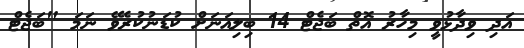
އަދި ވިދާޅުވީ މިހާރު އޮތް ބަޖެޓް 14 ބިލިއަނަށް ކުޑަނުކުރެވޭ ނަމަ "ބަޖެޓް